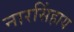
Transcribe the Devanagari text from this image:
नारसिंहाय